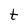
Character: t